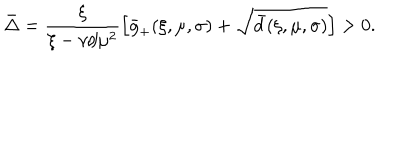
LaTeX: \bar { \Delta } = \frac { \xi } { \xi - \nu / \mu ^ { 2 } } \left[ \bar { g } _ { + } ( \xi , \mu , \sigma ) + \sqrt { \bar { d } ( \xi , \mu , \sigma ) } \right] > 0 .